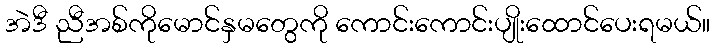
အဲဒီ ညီအစ်ကိုမောင်နှမတွေကို ကောင်းကောင်းပျိုးထောင်ပေးရမယ်။